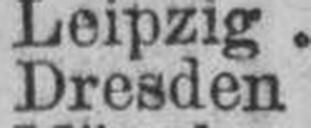
Dresden